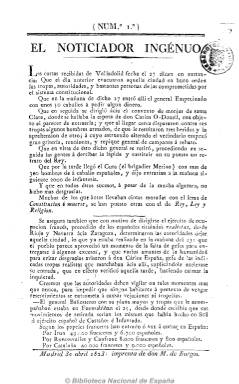
Título: El Noticiador ingenuo
Colección: Periódicos anteriores a 1850
Ámbito geográfico: Madrid
Lugar de publicación: Madrid
Fechas: 30/04/1823-30/04/1823

Una página datada en Madrid, el 30 de abril de 1823, con la indicación de número 1 (lo que puede significar su continuidad periódica) que relata, desde la óptica antiliberal, los sucesos de días anteriores sobre la evacuación de los constitucionalistas y la entrada en Valladolid de El Empecinado, el liberal Juan Martínez Díez (1775-1825), y el anuncio de la incursión en la misma ciudad de El Cura Merino, el guerrillero absolutista Jerónimo Merino (1769-1844). También incluye otra noticia breve sobre la entrada de las tropas francesas Los Cien Mil Hijos de San Luis en la ciudad de Zaragoza, comenzado así el fin al Trienio Liberal y el comienzo de la fernandina Década Ominosa. La hoja está estampada en la Imprenta de M. de Burgos.